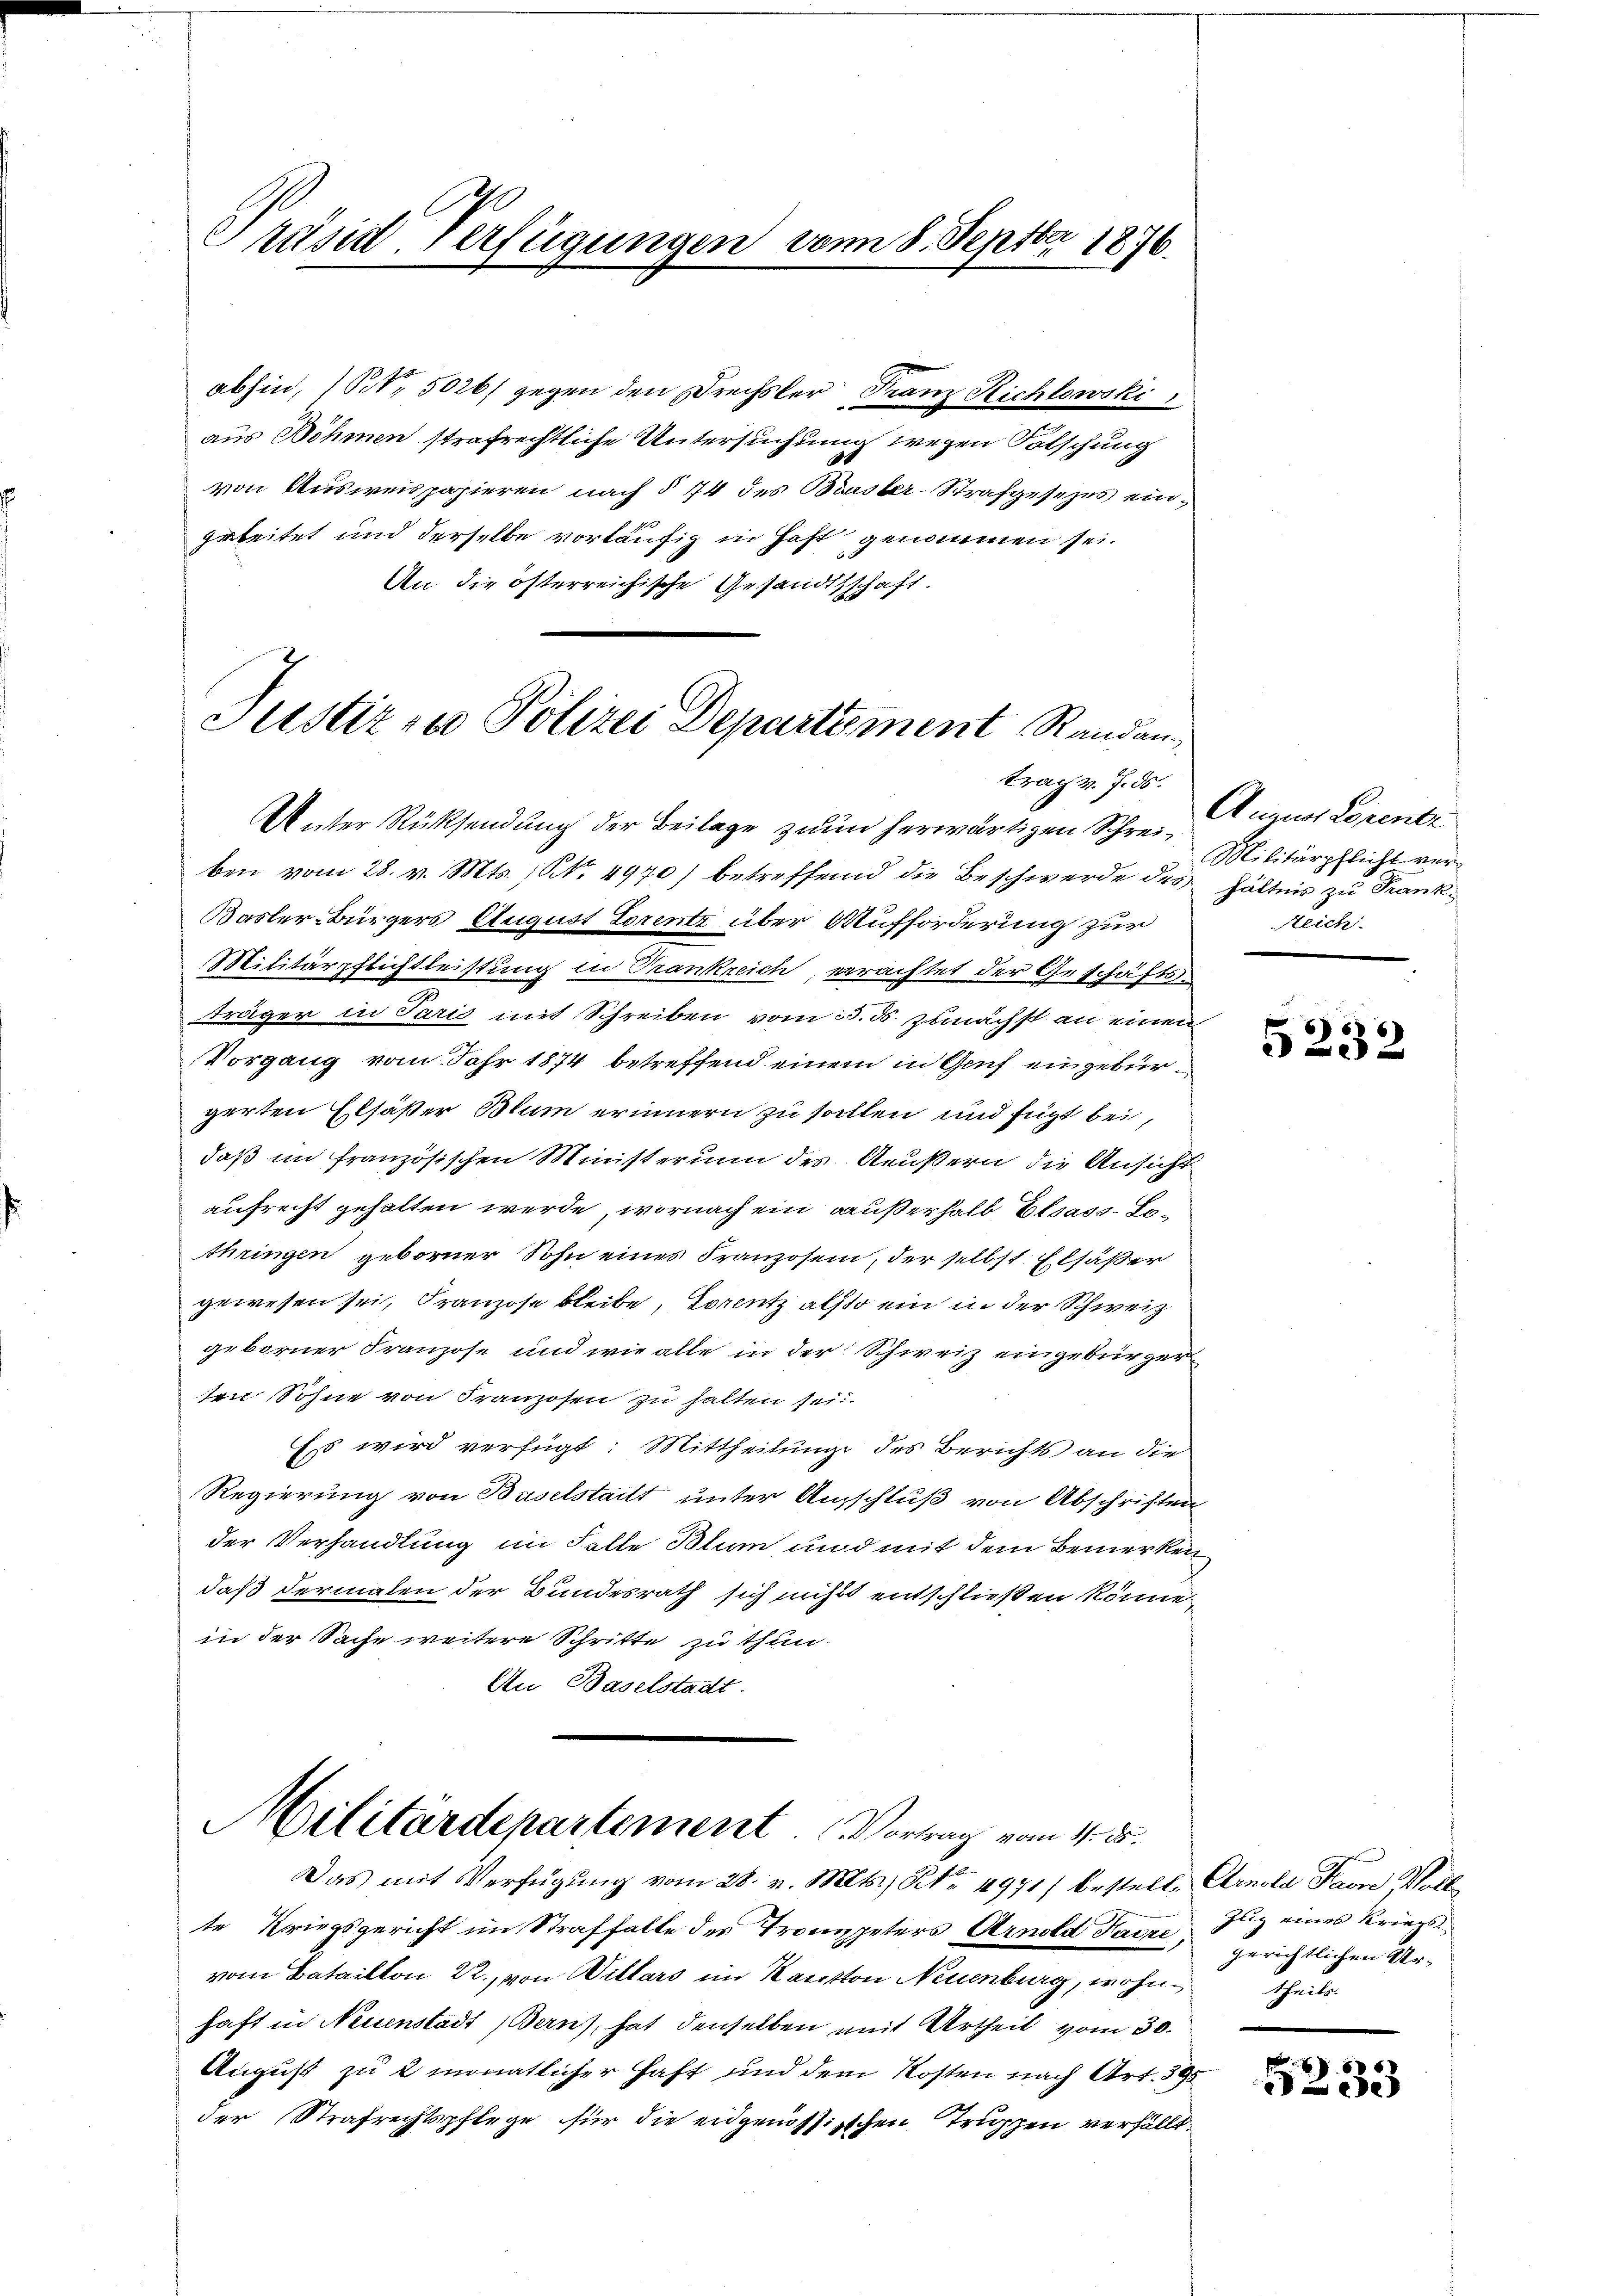
Präsid. Verfügungen vom 8. Septbr 1876.

abhin, 1 Nr. 5026) gegen den Drechsler Franz Richtowski,
aus Böhmen strafrechtliche Untersuchung wegen Folschung
von Ausweispapieren nach § 74 des Bruster-Strafgesezes ein¬
Arbeitet und derselbe vorläufig in Haft genommen sei.
An die österreichische Gesandtschaft.

nter Rücksendung der Beilage zum herwärtigen Schreiben vom 28. v. Mts. (NNo. 4970) betreffend die Beschwerde des hältnis zu Frank¬
Basler-Bürgers August Lorentz über Aufforderung zur
Militärpflichtleistung in Trankreich, verachtet der Geschäftsträger in Paris mit Schreiben vom 25. d. Zunächst an einen
Vorgang vom Jahr 1874 betreffend einem in Genf eingebürgerten Elsäßer Blum erinnern zu sollen und fügt bei,
daß im französischen Ministerium des Aeußern die Ansicht
aufrecht gehalten werde, wornach ein außerhalb Elsass-Lothringen geborner Sohn eines Franzosen, der selbst Elsäßer
gewesen sei, Franzose bleibe, Doreutz also ein in der Schweiz
geborner Franzose und wie alle in der Schweiz eingebürgerten Sohne von Franzosen zu halten sei.
Ess wird verfügt: Mittheilung des Berichts an die
Regierung von Baselstadt unter Ausschluß von Abschriften
der Verhandlung im Falle Blum und mit dem Bemerken
daß dermalen der Bundesrath sich nichts entschließen könne.
in der Sache weitere Schritte zu thun.
An Baselstadt.

Justiz zu Polizei Departement Randan
trag v. 7. ds.

te Kriegsgericht im Straffalle der Trompeters Arnold Kairo Hiz eines Kriegs
vom Bataillon 22., von Willars im Kanton Neuenburg, wohne theils.
haft in Neuenstadt Bern), hat denselben mit Urtheil vom 30.
August zu 2 monatlicher Haft und dem Kosten nach Art. 395
der Strafrechtspflege für die eidgenössischen Truppen verfällt.

Militärdepartement. Vortrag vom 4. ds.
Das mit Verfügŭng vom 28. v. Mts., Nr. 4971) bestell- Arnola Baron Holl

Annnas Lorente
Militärpflicht ver¬
Reich

8
2

gerichtlichen Ur-

8
ce